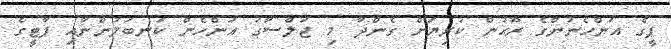
ޕީގެ އަންހެނުންގެ ރޫޙުން ކުރިޔަށް ގެންދާ މި ޖަލްސާގަ އަންހެން ކަނބަލުންނާއި ޕާޓީގެ